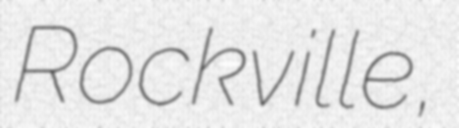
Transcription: Rockville,